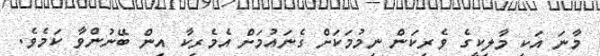
މާނަ އަކީ މާލިކީގެ ވެރިކަން ނިމުމަކަށް ގެނައުމަށް އެމެރިކާ އިން ބޭނުންވާ ކަމެވެ.